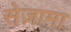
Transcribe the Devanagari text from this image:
सेज़ामा